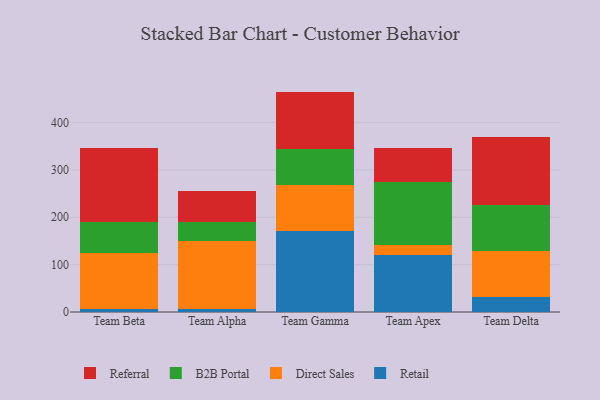
{"axis": {"x": "Team", "y": "Shipments"}, "legend": ["B2B Portal", "Direct Sales", "Referral", "Retail"], "data": [{"x": "Team Beta", "y": 7.3, "type": "Retail"}, {"x": "Team Beta", "y": 116.5, "type": "Direct Sales"}, {"x": "Team Beta", "y": 66.3, "type": "B2B Portal"}, {"x": "Team Beta", "y": 156.5, "type": "Referral"}, {"x": "Team Alpha", "y": 5.5, "type": "Retail"}, {"x": "Team Alpha", "y": 145.0, "type": "Direct Sales"}, {"x": "Team Alpha", "y": 40.5, "type": "B2B Portal"}, {"x": "Team Alpha", "y": 63.6, "type": "Referral"}, {"x": "Team Gamma", "y": 170.7, "type": "Retail"}, {"x": "Team Gamma", "y": 98.1, "type": "Direct Sales"}, {"x": "Team Gamma", "y": 75.8, "type": "B2B Portal"}, {"x": "Team Gamma", "y": 120.8, "type": "Referral"}, {"x": "Team Apex", "y": 121.3, "type": "Retail"}, {"x": "Team Apex", "y": 21.2, "type": "Direct Sales"}, {"x": "Team Apex", "y": 131.1, "type": "B2B Portal"}, {"x": "Team Apex", "y": 72.3, "type": "Referral"}, {"x": "Team Delta", "y": 32.2, "type": "Retail"}, {"x": "Team Delta", "y": 97.2, "type": "Direct Sales"}, {"x": "Team Delta", "y": 95.6, "type": "B2B Portal"}, {"x": "Team Delta", "y": 143.5, "type": "Referral"}]}